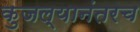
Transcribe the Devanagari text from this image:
कुजल्यानंतरच